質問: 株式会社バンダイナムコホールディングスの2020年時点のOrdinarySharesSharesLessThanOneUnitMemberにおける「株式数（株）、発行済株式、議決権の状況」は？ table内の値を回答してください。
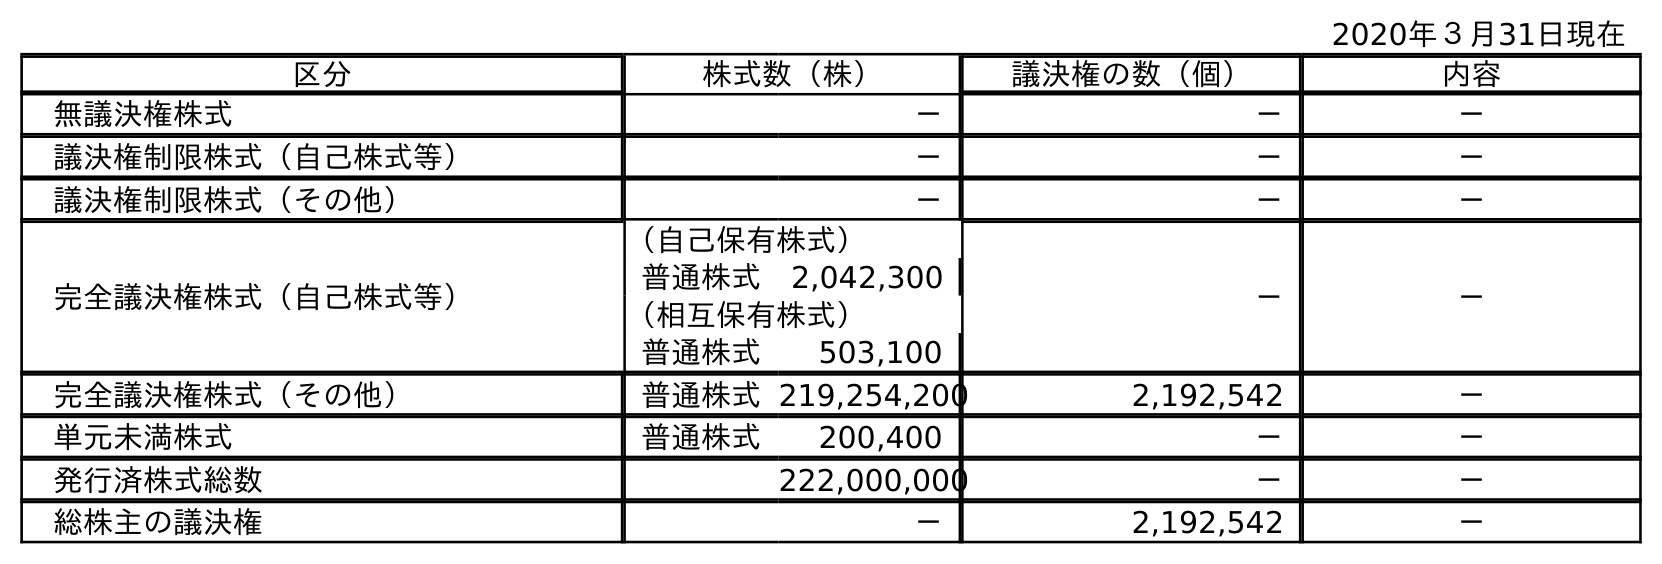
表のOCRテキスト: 2020年３月31日現在 区分 株式数（株） 議決権の数（個） 内容 無議決権株式 － － － 議決権制限株式（自己株式等） － － － 議決権制限株式（その他） － － － 完全議決権株式（自己株式等） （自己保有株式） － － 普通株式 2,042,300 （相互保有株式） 普通株式 503,100 完全議決権株式（その他） 普通株式219,254,200 2,192,542 － 単元未満株式 普通株式 200,400 － － 発行済株式総数 222,000,000 － － 総株主の議決権 － 2,192,542 －
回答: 200,400